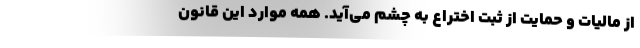
از مالیات و حمایت از ثبت اختراع به چشم می‌آید. همه موارد این قانون